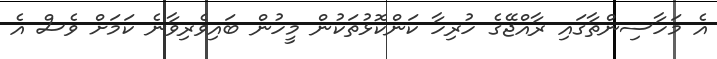
އެ މަހާސިންތާގައި ރާއްޖޭގެ ހުރިހާ ކަންކޮޅުތަކުން މީހުން ބައިވެރިވާނެ ކަމަށް ވެސް އެ